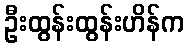
ဦးထွန်းထွန်းဟိန်က